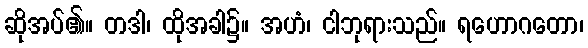
ဆိုအပ်၏။ တဒါ၊ ထိုအခါ၌။ အဟံ၊ ငါဘုရားသည်။ ရဟောဂတော၊